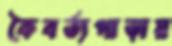
কৈবর্ত্যপাড়ায়